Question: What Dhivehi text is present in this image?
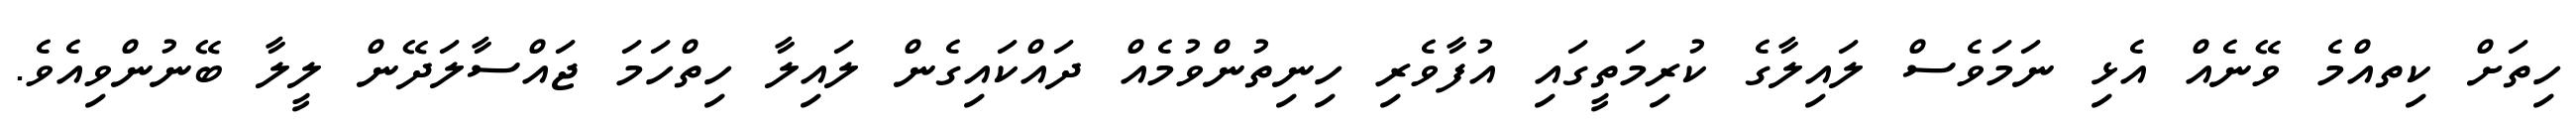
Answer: ހިތަށް ކިތއްމެ ވޭނެއް އެޅި ނަމަވެސް ލައިލާގެ ކުރިމަތީގައި އުފާވެރި ހިނިތުންވުމެއް ދައްކައިގެން ލައިލާ ހިތްހަމަ ޖައްސާލަދޭން ލީލާ ބޭނުންވިއެވެ.